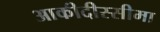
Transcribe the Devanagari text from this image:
आकीदीस्सीमा